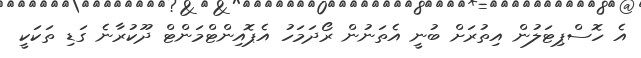
އެ ހޮސްޕިޓަލުން އިތުރަށް ބުނީ އެތަނުން ރޯދަމަހު އެޕޮއިންޓްމަންޓް ދޫކުރާނެ ގަޑި ތަކަކީ